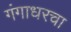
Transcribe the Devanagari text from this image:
गंगाधरचा